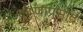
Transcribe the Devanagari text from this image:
कृष्णाप्रसाद